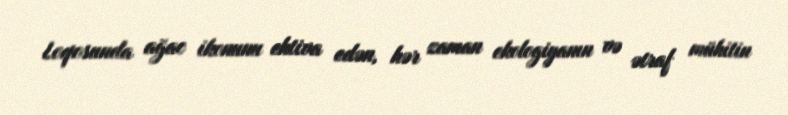
Loqosunda ağac ikonunu ehtiva edən, hər zaman ekologiyanın və ətraf mühitin